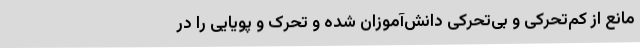
مانع از کم‌تحرکی و بی‌تحرکی دانش‌آموزان شده و تحرک و پویایی را در